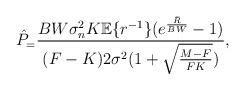
LaTeX: \begin{align*} \hat{P}_ = \frac{BW\sigma_n^2K\mathbb{E}\{r^{-1}\}(e^{\frac{\bar{R}}{BW}}-1)}{(F-K)2\sigma^2(1+\sqrt{\frac{M-F}{FK}})}, \end{align*}